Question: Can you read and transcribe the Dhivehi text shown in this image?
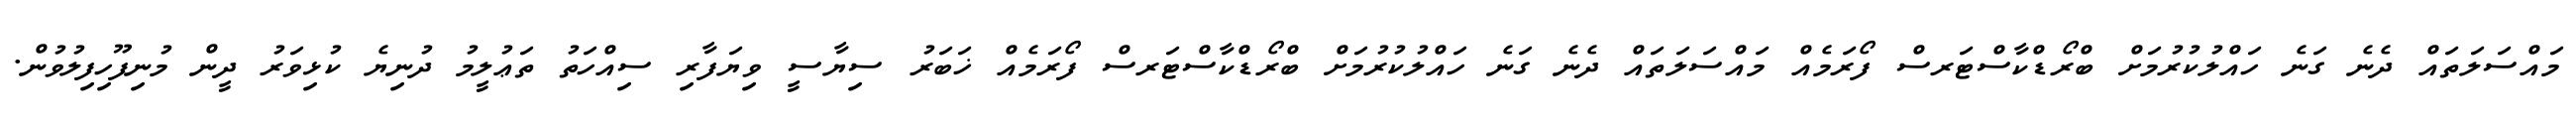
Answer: މައްސަލަތައް ދެނެ ގަނެ ހައްލުކުރުމަށް ބްރޯޑްކާސްޓަރސް ފޯރަމެއް މައްސަލަތައް ދެނެ ގަނެ ހައްލުކުރުމަށް ބްރޯޑްކާސްޓަރސް ފޯރަމެއް ޚަބަރު ސިޔާސީ ވިޔަފާރި ސިއްހަތު ތަޢުލީމު ދުނިޔެ ކުޅިވަރު ދީން މުނިފޫހިފިލުވުން.